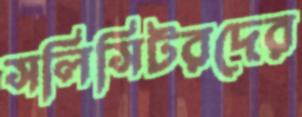
সলিসিটরদের